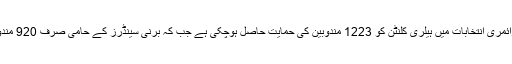
اب تک ہونے والے پرائمری انتخابات میں ہیلری کلنٹن کو 1223 مندوبین کی حمایت حاصل ہوچکی ہے جب کہ برنی سینڈرز کے حامی صرف 920 مندوب کامیاب ہوئے ہیں۔